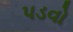
પડવો